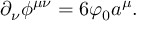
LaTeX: \partial _ { \nu } \phi ^ { \mu \nu } = 6 \varphi _ { 0 } a ^ { \mu } .